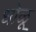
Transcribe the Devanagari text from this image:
धोळू